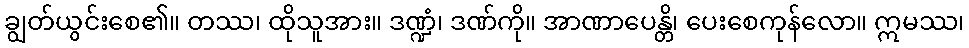
ချွတ်ယွင်းစေ၏။ တဿ၊ ထိုသူအား။ ဒဏ္ဍံ၊ ဒဏ်ကို။ အာဏာပေန္တိ၊ ပေးစေကုန်လော။ ဣမဿ၊